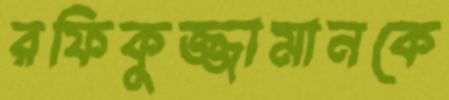
রফিকুজ্জামানকে